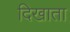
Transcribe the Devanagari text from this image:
दिखाता